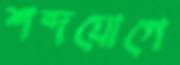
শব্দযোগে